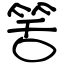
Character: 筈